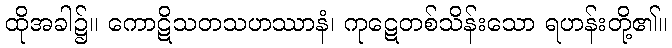
ထိုအခါ၌။ ကောဋိသတသဟဿာနံ၊ ကုဋေတစ်သိန်းသော ရဟန်းတို့၏။